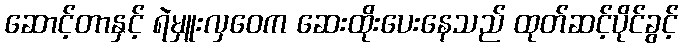
ဆောင့်တာနှင့် ရဲမှူးလှဝေက ဆေးထိုးပေးနေသည် ထုတ်ဆင့်ပိုင်ခွင့်